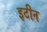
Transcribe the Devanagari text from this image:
इटीन